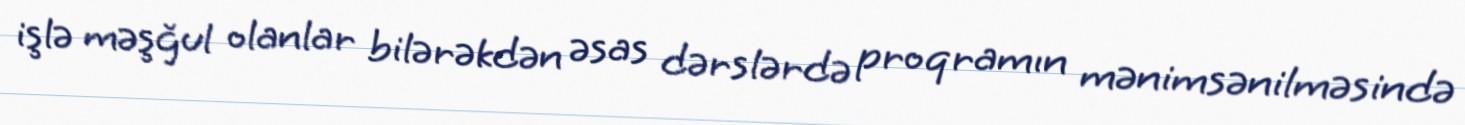
işlə məşğul olanlar bilərəkdən əsas dərslərdə proqramın mənimsənilməsində